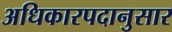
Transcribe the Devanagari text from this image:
अधिकारपदानुसार